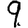
Digit: 9